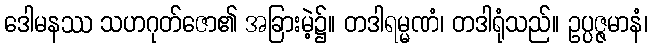
ဒေါမနဿ သဟဂုတ်ဇော၏ အခြားမဲ့၌။ တဒါရမ္မဏံ၊ တဒါရုံသည်။ ဥပ္ပဇ္ဇမာနံ၊